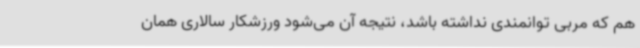
هم که مربی توانمندی نداشته باشد، نتیجه آن می‌شود ورزشکار سالاری همان